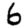
Digit: 6